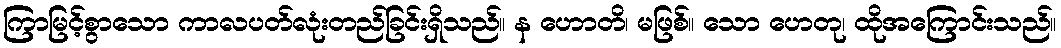
ကြာမြင့်စွာသော ကာလပတ်လုံးတည်ခြင်းရှိသည်။ န ဟောတိ၊ မဖြစ်။ သော ဟေတု၊ ထိုအကြောင်းသည်။